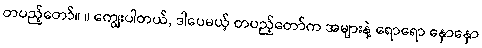
တပည့်တော်။ ။ ကျွေးပါတယ်, ဒါပေမယ့် တပည့်တော်က အများနဲ့ ရောရော နှောနှော